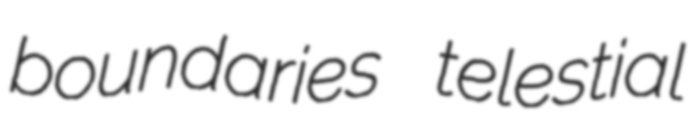
boundaries telestial